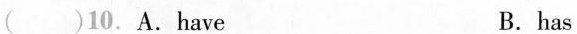
()10. A.have B. has